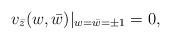
LaTeX: \begin{align*}v_{\bar{z}}(w, \bar{w})|_{w = \bar{w} = \pm1} = 0, \end{align*}